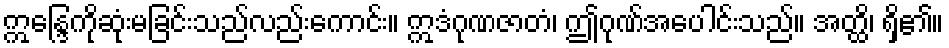
ဣန္ဒြေကိုဆုံးမခြင်းသည်လည်းကောင်း။ ဣဒံဂုဏဇာတံ၊ ဤဂုဏ်အပေါင်းသည်။ အတ္ထိ၊ ရှိ၏။